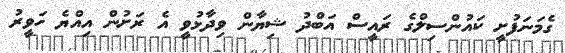
ގެމަނަފުށީ ކައުންސިލްގެ ރައީސް އަބްދު ޝިޔާން ވިދާޅުވީ އެ ރަށުން އިއްޔެ ހަވީރު